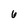
Character: 6